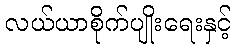
လယ်ယာစိုက်ပျိုးရေးနှင့်